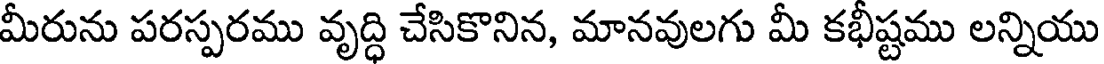
మీరును పరస్పరము వృద్ధి చేసికొనిన, మానవులగు మీ కభీష్టము లన్నియు